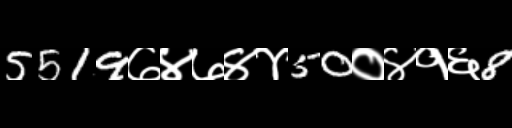
Text: 5519७४७४४50०४१६8